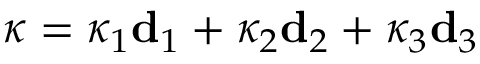
\boldsymbol { \kappa } = \kappa _ { 1 } \mathbf { d } _ { 1 } + \kappa _ { 2 } \mathbf { d } _ { 2 } + \kappa _ { 3 } \mathbf { d } _ { 3 }